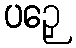
ပဉှေ